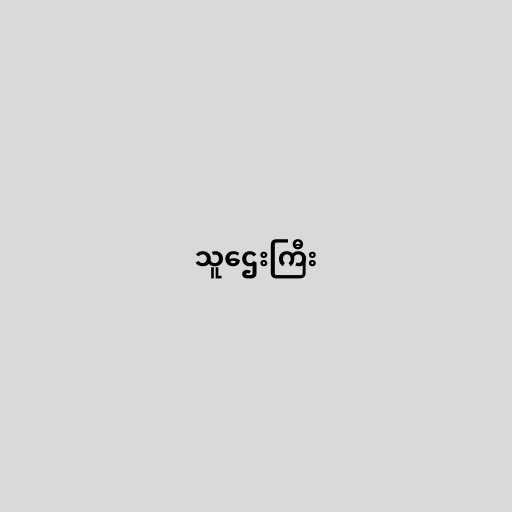
သူဌေးကြီး